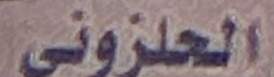
الحلزونى